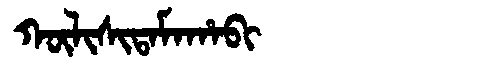
Manchu: ᡴᡡᠯᡳᠰᡳᡨᠠᠮᠠᡥᠠᠪᡳ
Romanization: KŪLISITAMAHABI